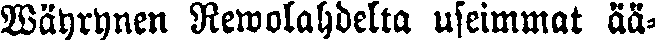
Wäyrynen Rewolahdelta useimmat ää-